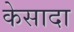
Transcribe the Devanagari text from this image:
केसादा